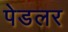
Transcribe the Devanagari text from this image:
पेडलर